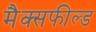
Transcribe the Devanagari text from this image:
मैक्सफील्ड